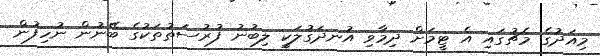
މިއަދުގެ މެޗުގައި އެ ޓީމަށް ދިމާވި އުނދަގުލަކީ ލިބުނު ފުރުސަތުތަކުގެ ބޭނުން ނުހިފުން